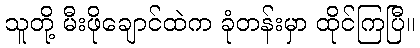
သူတို့ မီးဖိုချောင်ထဲက ခုံတန်းမှာ ထိုင်ကြပြီ။